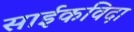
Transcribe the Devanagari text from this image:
साईकविदा